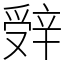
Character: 辤